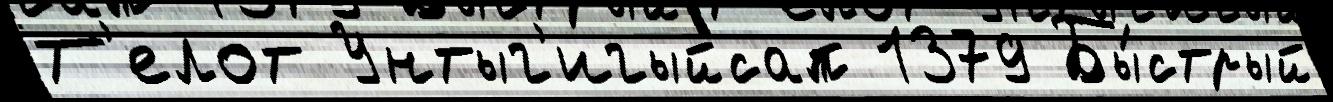
Т'елот Унтыг'игыйсап 1379 Бы́стрый